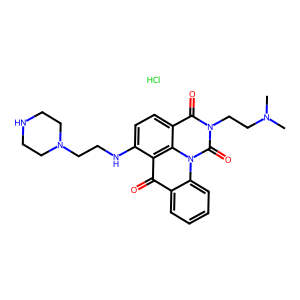
SMILES: CN(C)CCn1c(=O)c2ccc(NCCN3CCNCC3)c3c(=O)c4ccccc4n(c1=O)c23.Cl
Inhibits HIV replication: No